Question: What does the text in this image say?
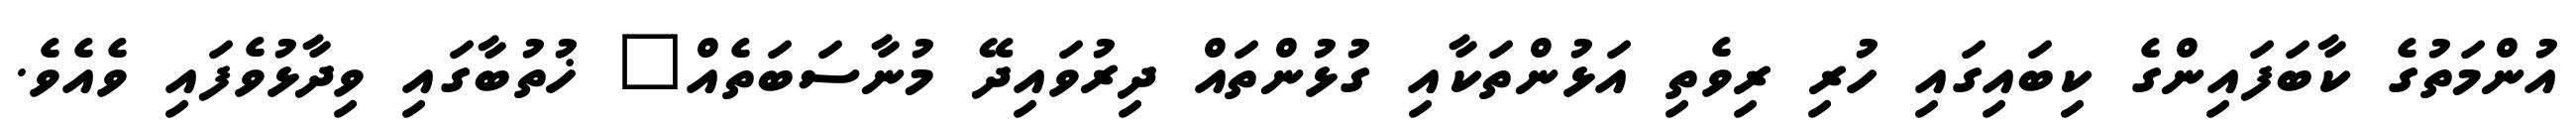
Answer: އުންމަތުގެ ކާބަފައިންގެ ކިބައިގައި ހުރި ރިވެތި އަޅުންތަކާއި ގުޅުންތައް ދިރުވައިދޭ މުނާސަބަތެއް" ޚުތުބާގައި ވިދާޅުވެފައި ވެއެވެ.